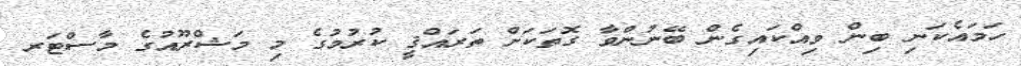
ހަމައެކަނި ބިން ވިއްކައިގެން ބޭނުންވާ ގޮތަކަށް ތަރައްޤީ ކުރުމުގެ މި މަޝްރޫއުގެ މާސްޓަރ